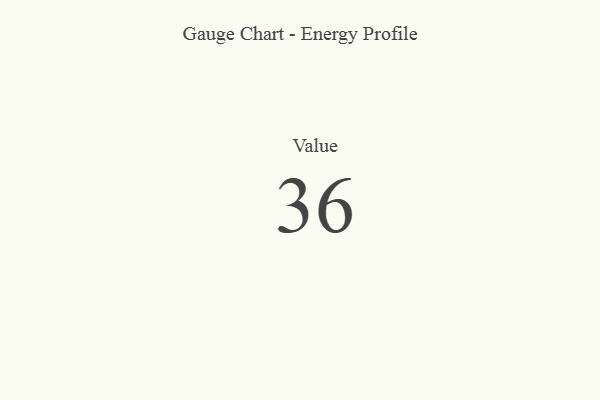
{"axis": {"x": "Metric", "y": "Value"}, "legend": [""], "data": [{"x": "Value", "y": 36, "type": ""}]}